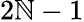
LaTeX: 2\mathbb{N}-1